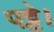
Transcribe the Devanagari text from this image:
पट्टे।